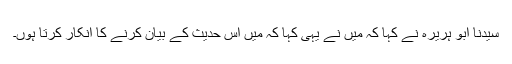
سیدنا ابو ہریرہؓ نے کہا کہ میں نے یہی کہا کہ میں اس حدیث کے بیان کرنے کا انکار کرتا ہوں۔